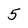
Character: 5